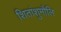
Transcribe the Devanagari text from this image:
शितांशुमौलि